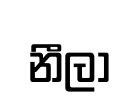
නීලා